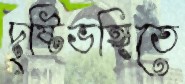
দৃষ্টিভঙ্গিতে